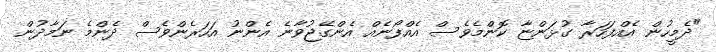
"ދެމީހުން އެއްފަހަރާ ގުޅަންޏާ ކޮންމެވެސް އެއްފޯނެއް އެންގޭޖުވާނެ އެންނު އަހަރެންވެސް ދެންމެ ނަމާދުން